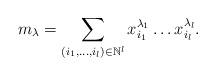
LaTeX: \begin{align*}m_\lambda=\sum_{(i_1,\dots,i_l)\in \mathbb N^l} x^{\lambda_1}_{i_1}\dots x^{\lambda_l}_{i_l}.\end{align*}